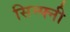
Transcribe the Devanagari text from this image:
सिम्फ्नी